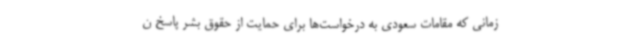
زمانی که مقامات سعودی به درخواست‌ها برای حمایت از حقوق بشر پاسخ ن